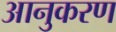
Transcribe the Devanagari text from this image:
आनुकरण